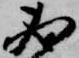
必